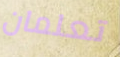
تعلمان